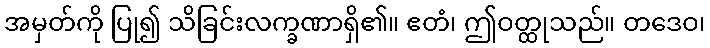
အမှတ်ကို ပြု၍ သိခြင်းလက္ခဏာရှိ၏။ ဧတံ၊ ဤဝတ္ထုသည်။ တဒေဝ၊